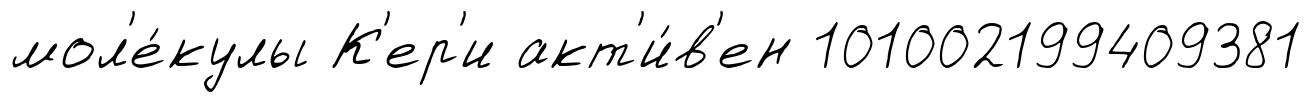
мол'е́кулы К'ер'и акт'и́в'ен 101002199409381